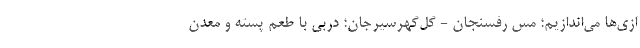
ازی‌ها می‌اندازیم؛ مس رفسنجان - گل‌گهرسیرجان؛ دربی با طعم پسته و معدن